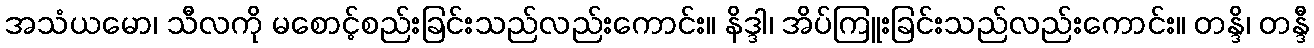
အသံယမော၊ သီလကို မစောင့်စည်းခြင်းသည်လည်းကောင်း။ နိဒ္ဒါ၊ အိပ်ကြူးခြင်းသည်လည်းကောင်း။ တန္ဒိ၊ တန္ဒီ